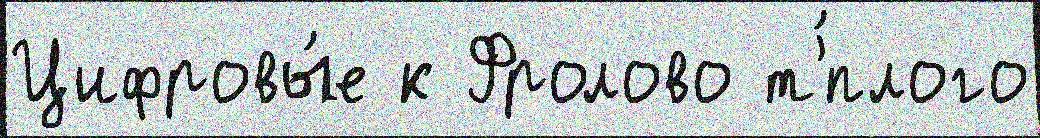
Цифровы́е к Фролово т'́плого